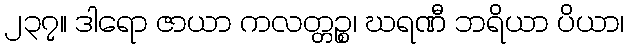
၂၃၇။ ဒါရော ဇာယာ ကလတ္တဉ္စ၊ ဃရဏီ ဘရိယာ ပိယာ၊